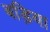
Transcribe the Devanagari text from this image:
बड़िया